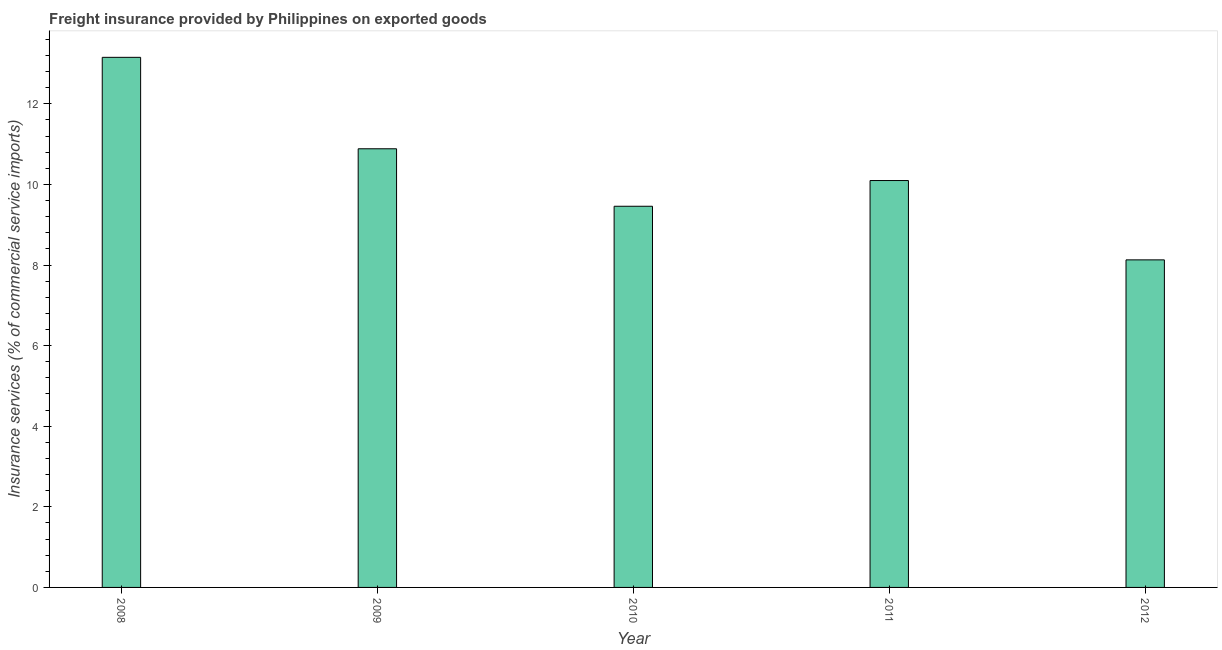
| Year | Insurance and financial services |
 | --- | --- |
 | 2008 | 13.2 |
 | 2009 | 10.9 |
 | 2010 | 9.46 |
 | 2011 | 10.1 |
 | 2012 | 8.13 |